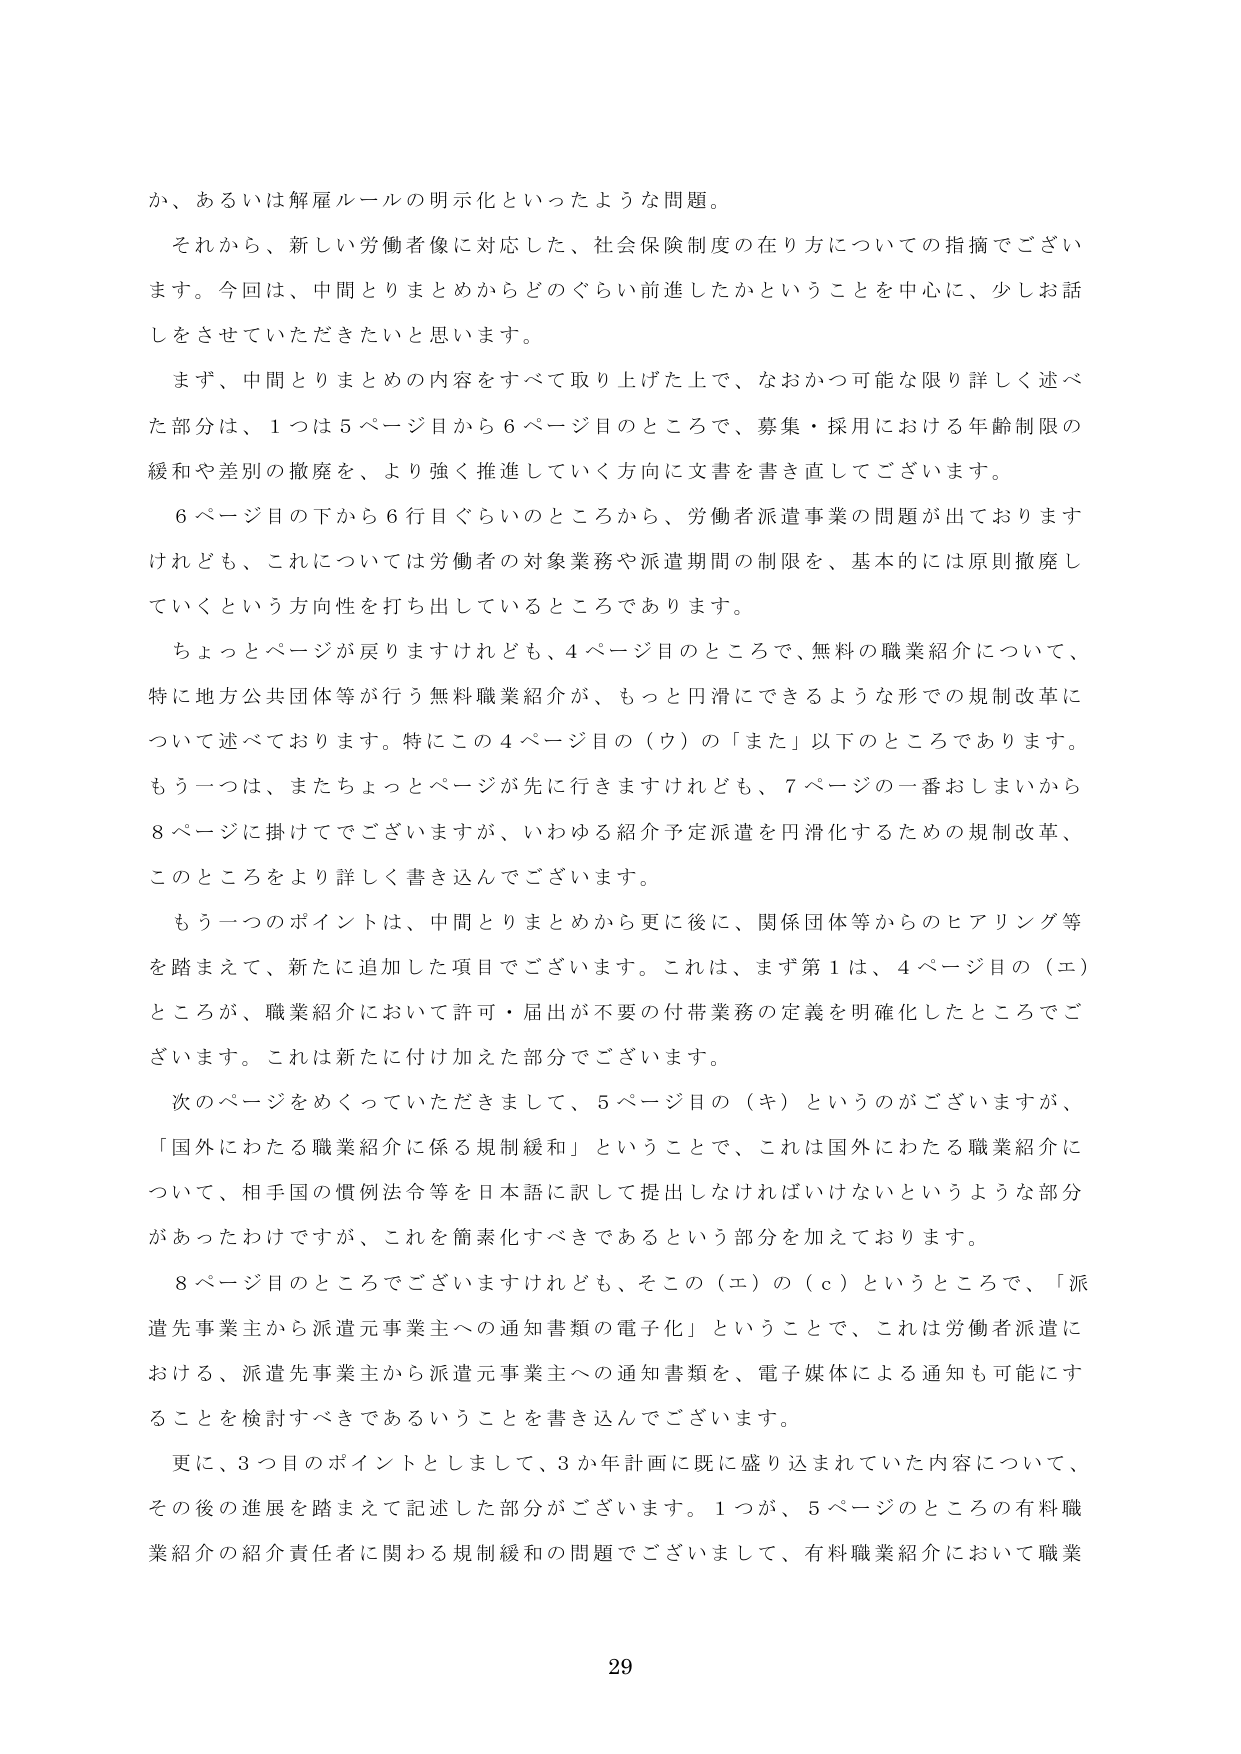
か、あるいは解雇ルールの明示化といったような問題。

それから、新しい労働者像に対応した、社会保険制度の在り方についての指摘でございます。今回は、中間とりまとめからどのぐらい前進したかということを中心に、少しお話しさせていただきたいと思います。

まず、中間とりまとめの内容をすべて取り上げた上で、なおかつ可能な限り詳しく述べた部分は、1つは5ページ目から6ページ目のところで、募集・採用における年齢制限の緩和や差別の撤廃を、より強く推進していく方向に文書を書き直してございます。

6ページ目の下から6行目ぐらいのところから、労働者派遣事業の問題が出ておりますけれども、これについては労働者の対象業務や派遣期間の制限を、基本的には原則撤廃していくという方向性を打ち出しているところであります。

ちょっとページが戻りますけれども、4ページ目のところで、無料の職業紹介について、特に地方公共団体等が行う無料職業紹介が、もっと円滑にできるような形での規制改革について述べております。特にこの4ページ目の（ウ）の「また」以下のところあります。もう一つは、またちょっとページが先に行きますけれども、7ページの一番おしまいから8ページに掛けてでございますが、いわゆる紹介予定派遣を円滑化するための規制改革、このところをより詳しく書き込んでございます。

もう一つのポイントは、中間とりまとめから更に後に、関係団体等からのヒアリング等を踏まえて、新たに追加した項目でございます。これは、まず第1は、4ページ目の（エ）ところが、職業紹介において許可・届出が不要の付帯業務の定義を明確化したところでございます。これは新たに付け加えた部分でございます。

次のページをめくっていただきまして、5ページ目の（キ）というのがございますが、「国外にわたる職業紹介に係る規制緩和」ということで、これは国外にわたる職業紹介について、相手国の慣例法令等を日本語に訳して提出しなければいけないというような部分があったわけですが、これを簡素化すべきであるという部分を加えております。

8ページ目のところでございますけれども、そこの（エ）の（ｃ）というところで、「派遣先事業主から派遣元事業主への通知書類の電子化」ということで、これは労働者派遣における、派遣先事業主から派遣元事業主への通知書類を、電子媒体による通知も可能にすることを検討すべきであるということを書き込んでございます。

更に、3つ目のポイントとしまして、3か年計画に既に盛り込まれていた内容について、その後の進展を踏まえて記述した部分がございます。1つが、5ページのところの有料職業紹介の紹介責任者に関わる規制緩和の問題でございまして、有料職業紹介において職業

29